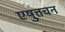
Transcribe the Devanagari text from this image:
एषुत्तचन